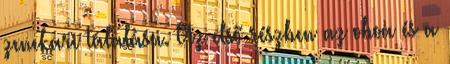
zenekari tálalása. Az első részben az oboa és a